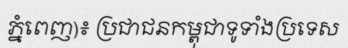
ភ្នំពេញ)៖ ប្រជាជនកម្ពុជាទូទាំងប្រទេស